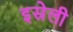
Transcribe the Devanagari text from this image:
इस्रेली